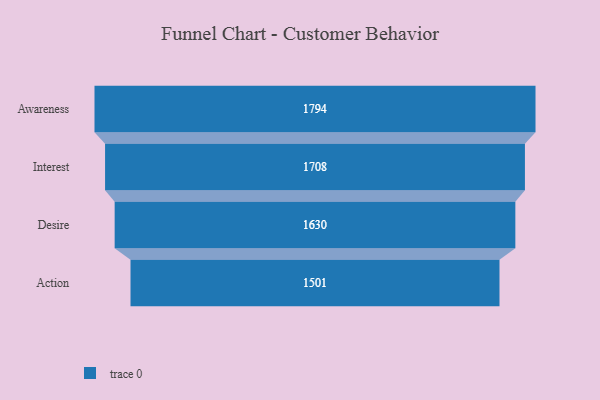
{"axis": {"x": "Stage", "y": "Value"}, "legend": [""], "data": [{"x": "Awareness", "y": 1794.0, "type": ""}, {"x": "Interest", "y": 1708.0, "type": ""}, {"x": "Desire", "y": 1630.0, "type": ""}, {"x": "Action", "y": 1501.0, "type": ""}]}